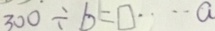
3 0 0 \div b = \square \cdots a